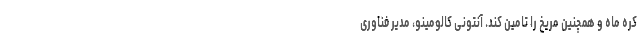
کره ماه و همچنین مریخ را تامین کند. آنتونی کالومینو، مدیر فناوری